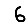
Digit: 6